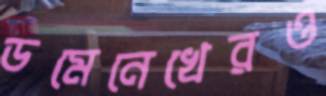
ডমেনেখেরও